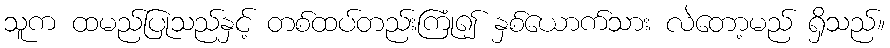
သူက ထမည်ပြုသည်နှင့် တစ်ထပ်တည်းကြုံ၍ နှစ်ယောက်သား လဲတော့မည် ရှိသည်။